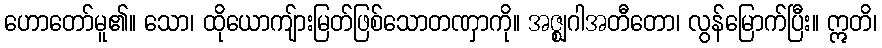
ဟောတော်မူ၏။ သော၊ ထိုယောကျ်ားမြတ်ဖြစ်သောတဏှာကို။ အဇ္ဈဂါအတီတော၊ လွန်မြောက်ပြီး။ ဣတိ၊